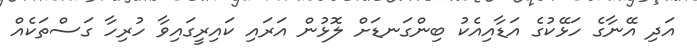
އަދި އޭނާގެ ހަޅޭކުގެ އަޑާއިއެކު ބިންގަނޑަށް ލޮޅުން އަރައި ކައިރީގައިވާ ހުރިހާ ގަސްތަކެއް